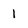
Character: 1